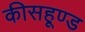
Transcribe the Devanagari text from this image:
कीसहूण्ड